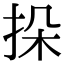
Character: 挆